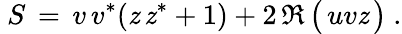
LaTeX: ~S\, =\, v\, v^{*}(\mathit{z}\, \mathit{z}^{*}+1)+2\, \Re\, {\bigl(}\, uv\mathit{z}\, {\bigr)}~.